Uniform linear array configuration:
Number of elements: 4
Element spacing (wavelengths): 0.5
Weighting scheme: hamming
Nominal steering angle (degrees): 45
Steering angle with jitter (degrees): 45.5
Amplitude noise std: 0.05
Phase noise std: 0.05

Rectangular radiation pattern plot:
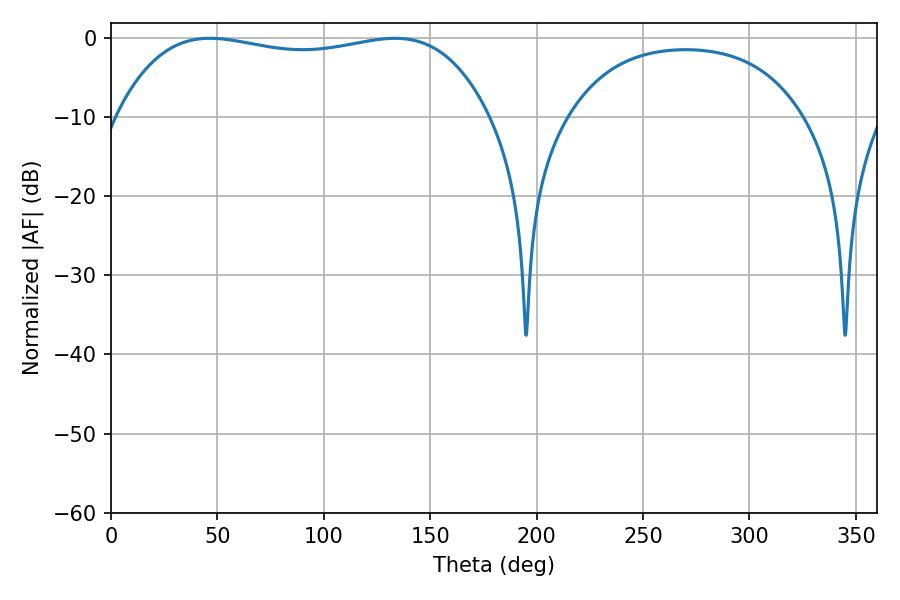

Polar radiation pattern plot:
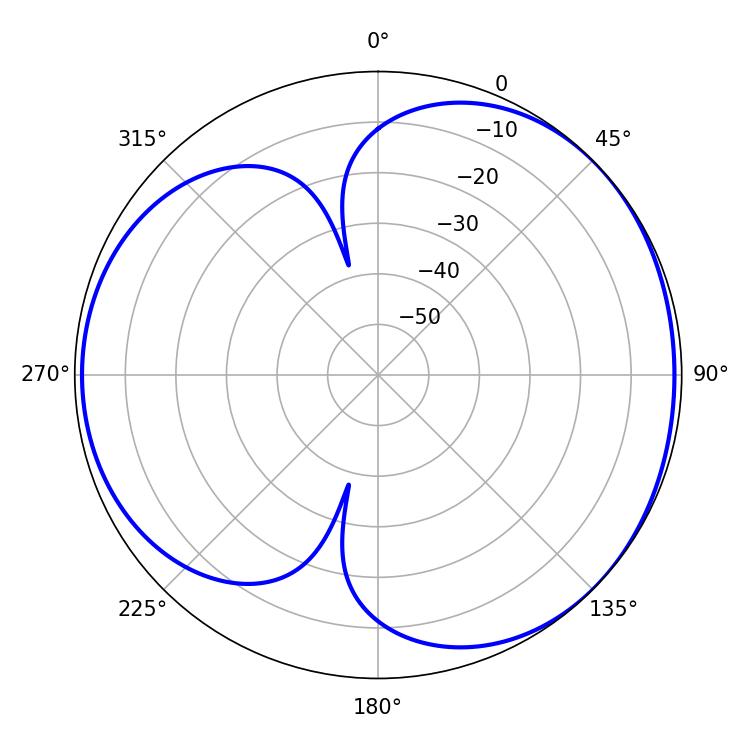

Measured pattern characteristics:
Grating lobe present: FALSE
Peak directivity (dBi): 4.065
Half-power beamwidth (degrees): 140.76
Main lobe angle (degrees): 46.44